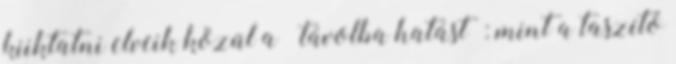
kiiktatni elveik közül a ’távolba hatást’: mint a taszító